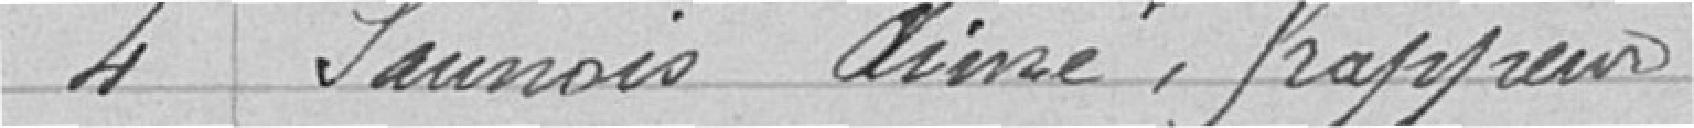
4 Saunois Aimé, frappeur